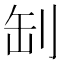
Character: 㓡